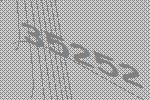
35252